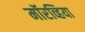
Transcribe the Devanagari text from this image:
मॉरव्हिया